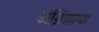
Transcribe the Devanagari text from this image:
अग्निछाया